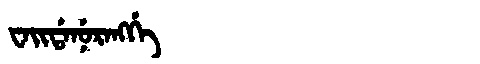
Manchu: ᠸᠠᡳᡩᠠᠨᡠᡵᠠᠩᡤᡝ
Romanization: WAIDANURANGGE